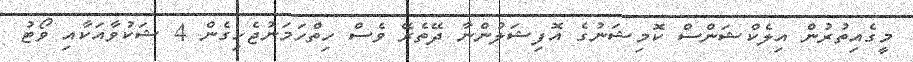
މީގެއިތުރުން އިލެކްޝަންސް ކޮމިޝަނުގެ އޮފިޝަލުންނާ ދޭތެރޭ ވެސް ހިތްހަމަނުޖެހިގެން 4 ޝަކުވާއަކާއި ވޯޓު